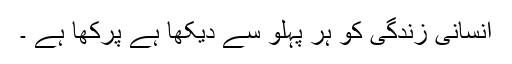
انسانی زندگی کو ہر پہلو سے دیکھا ہے پرکھا ہے ۔